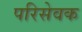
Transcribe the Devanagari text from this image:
परिसेवक